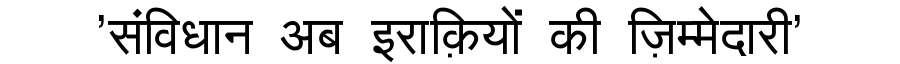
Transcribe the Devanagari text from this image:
'संविधान अब इराक़ियों की ज़िम्मेदारी'